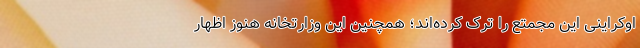
اوکراینی این مجمتع را ترک کرده‌اند؛ همچنین این وزارتخانه هنوز اظهار